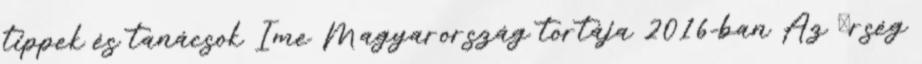
tippek és tanácsok Íme Magyarország tortája 2016-ban Az Őrség